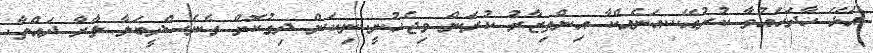
އަޅޭ ހާދަހައުވާ ކުރުއޭ...އަނެއްކާ އިންތިޒާރު ކުރަން މިޖެހުނީ..ނިކަން ދިގުކޮށް ގެނެސްދީބަލާ ލާރާ ދައްތާ.